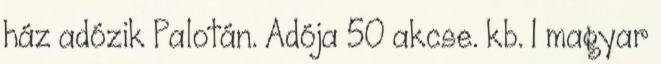
ház adózik Palotán. Adója 50 akcse. kb. 1 magyar